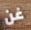
غن